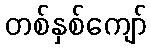
တစ်နှစ်ကျော်